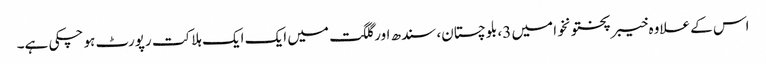
اس کے علاوہ خیبرپختونخوا میں 3، بلوچستان، سندھ اور گلگت میں ایک ایک ہلاکت رپورٹ ہو چکی ہے۔